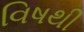
વિષથી